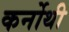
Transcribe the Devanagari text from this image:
कर्नोथी